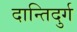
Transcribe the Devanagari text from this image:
दान्तिदुर्ग